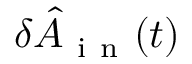
\delta \hat { A } _ { \mathrm { ~ i ~ n ~ } } ( t )